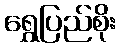
ရွှေပြည်စိုး